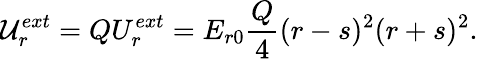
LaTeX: {\cal{U}}_{r}^{ext}=Q{U_{r}^{ext}}={E_{r0}}\frac{{Q}}{4}{(r-s)^{2}}{(r+s)^{2}}{.}